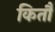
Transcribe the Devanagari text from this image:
कितौ